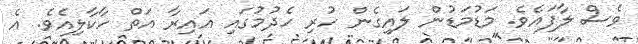
ވެސް ލާފައެވެ. މަޑުމަޑުން ލައިގެން ހުރި ހެދުމުގައި އައިރާ އަތް ހާކާލިއެވެ. އެ